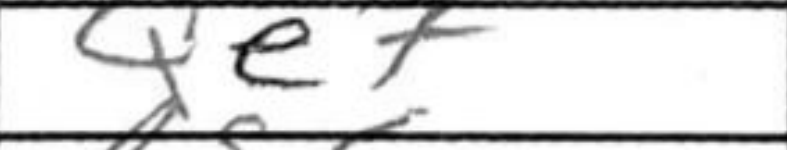
Transcription: Qe7